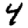
Digit: 4